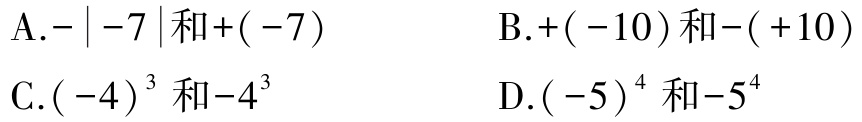
A.$-\vert -7\vert 和+(-7)$

B.$+(-10)和-( +10)$

C.$(-4)^{3} 和-4^{3}$

D.$(-5)^{4} 和-5^{4}$